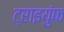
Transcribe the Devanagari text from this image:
ट्राइयुंफ